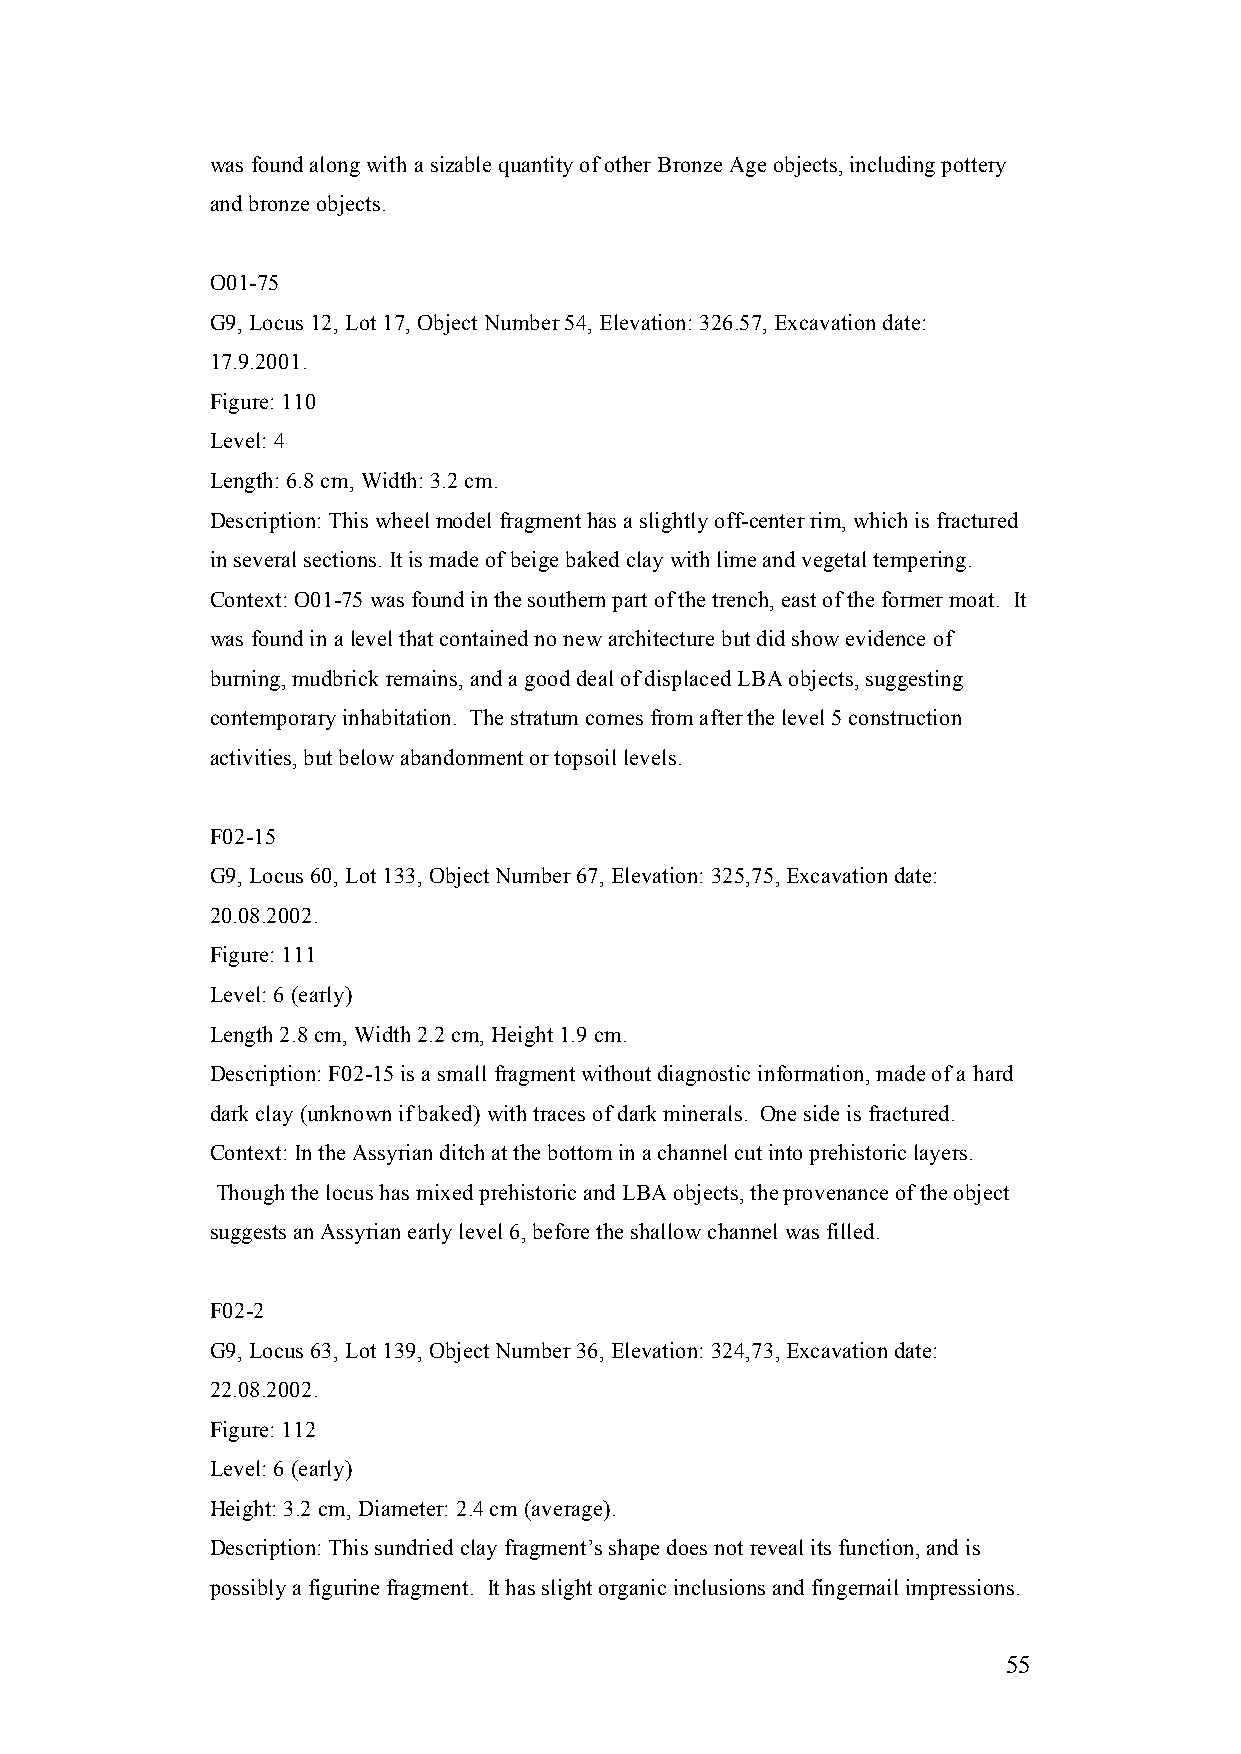
was found along with a sizable quantity of other Bronze Age objects, including pottery
 and bronze objects.
 O01-75
 G9, Locus 12, Lot 17, Object Number 54, Elevation: 326.57, Excavation date:
 17.9.2001.
 Figure: 110
 Level: 4
 Length: 6.8 cm, Width: 3.2 cm.
 Description: This wheel model fragment has a slightly off-center rim, which is fractured
 in several sections. It is made of beige baked clay with lime and vegetal tempering.
 Context: O01-75 was found in the southern part of the trench, east of the former moat. It
 was found in a level that contained no new architecture but did show evidence of
 burning, mudbrick remains, and a good deal of displaced LBA objects, suggesting
 contemporary inhabitation. The stratum comes from after the level 5 construction
 activities, but below abandonment or topsoil levels.
 F02-15
 G9, Locus 60, Lot 133, Object Number 67, Elevation: 325,75, Excavation date:
 20.08.2002.
 Figure: 111
 Level: 6 (early)
 Length 2.8 cm, Width 2.2 cm, Height 1.9 cm.
 Description: F02-15 is a small fragment without diagnostic information, made of a hard
 dark clay (unknown if baked) with traces of dark minerals. One side is fractured.
 Context: In the Assyrian ditch at the bottom in a channel cut into prehistoric layers.
 Though the locus has mixed prehistoric and LBA objects, the provenance of the object
 suggests an Assyrian early level 6, before the shallow channel was filled.
 F02-2
 G9, Locus 63, Lot 139, Object Number 36, Elevation: 324,73, Excavation date:
 22.08.2002.
 Figure: 112
 Level: 6 (early)
 Height: 3.2 cm, Diameter: 2.4 cm (average).
 Description: This sundried clay fragment’s shape does not reveal its function, and is
 possibly a figurine fragment. It has slight organic inclusions and fingernail impressions.
 55